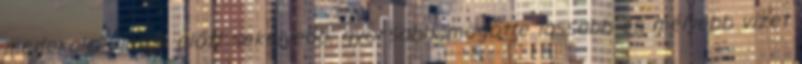
mederalakulatok előtt sekélyebb, gyorsabb, mögötte lassabb és mélyebb vizet